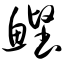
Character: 鲣